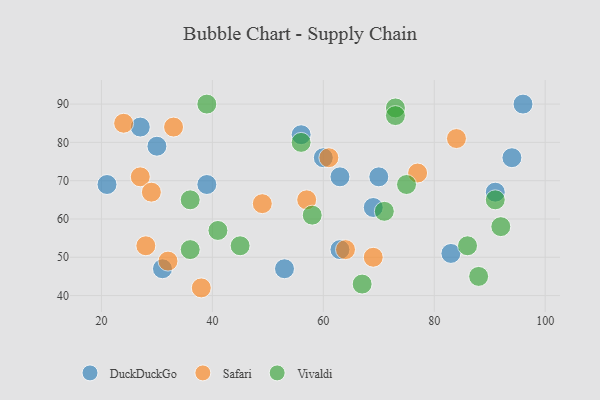
{"axis": {"x": "GDP", "y": "Life Expectancy"}, "legend": ["DuckDuckGo", "Safari", "Vivaldi"], "data": [{"x": "70", "y": 71, "type": "DuckDuckGo"}, {"x": "83", "y": 51, "type": "DuckDuckGo"}, {"x": "39", "y": 69, "type": "DuckDuckGo"}, {"x": "21", "y": 69, "type": "DuckDuckGo"}, {"x": "31", "y": 47, "type": "DuckDuckGo"}, {"x": "53", "y": 47, "type": "DuckDuckGo"}, {"x": "69", "y": 63, "type": "DuckDuckGo"}, {"x": "91", "y": 67, "type": "DuckDuckGo"}, {"x": "27", "y": 84, "type": "DuckDuckGo"}, {"x": "63", "y": 52, "type": "DuckDuckGo"}, {"x": "63", "y": 71, "type": "DuckDuckGo"}, {"x": "94", "y": 76, "type": "DuckDuckGo"}, {"x": "30", "y": 79, "type": "DuckDuckGo"}, {"x": "56", "y": 82, "type": "DuckDuckGo"}, {"x": "60", "y": 76, "type": "DuckDuckGo"}, {"x": "96", "y": 90, "type": "DuckDuckGo"}, {"x": "69", "y": 50, "type": "Safari"}, {"x": "27", "y": 71, "type": "Safari"}, {"x": "24", "y": 85, "type": "Safari"}, {"x": "84", "y": 81, "type": "Safari"}, {"x": "28", "y": 53, "type": "Safari"}, {"x": "61", "y": 76, "type": "Safari"}, {"x": "49", "y": 64, "type": "Safari"}, {"x": "77", "y": 72, "type": "Safari"}, {"x": "64", "y": 52, "type": "Safari"}, {"x": "29", "y": 67, "type": "Safari"}, {"x": "57", "y": 65, "type": "Safari"}, {"x": "38", "y": 42, "type": "Safari"}, {"x": "33", "y": 84, "type": "Safari"}, {"x": "32", "y": 49, "type": "Safari"}, {"x": "88", "y": 45, "type": "Vivaldi"}, {"x": "92", "y": 58, "type": "Vivaldi"}, {"x": "71", "y": 62, "type": "Vivaldi"}, {"x": "39", "y": 90, "type": "Vivaldi"}, {"x": "67", "y": 43, "type": "Vivaldi"}, {"x": "36", "y": 65, "type": "Vivaldi"}, {"x": "75", "y": 69, "type": "Vivaldi"}, {"x": "86", "y": 53, "type": "Vivaldi"}, {"x": "91", "y": 65, "type": "Vivaldi"}, {"x": "45", "y": 53, "type": "Vivaldi"}, {"x": "36", "y": 52, "type": "Vivaldi"}, {"x": "73", "y": 89, "type": "Vivaldi"}, {"x": "56", "y": 80, "type": "Vivaldi"}, {"x": "73", "y": 87, "type": "Vivaldi"}, {"x": "41", "y": 57, "type": "Vivaldi"}, {"x": "58", "y": 61, "type": "Vivaldi"}]}